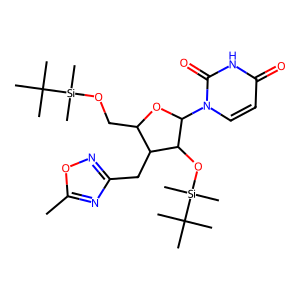
SMILES: Cc1nc(CC2C(CO[Si](C)(C)C(C)(C)C)OC(n3ccc(=O)[nH]c3=O)C2O[Si](C)(C)C(C)(C)C)no1
Inhibits HIV replication: No